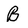
Character: B